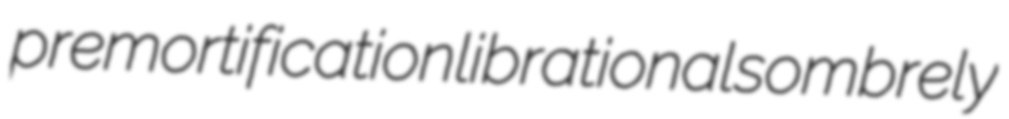
premortification librational sombrely